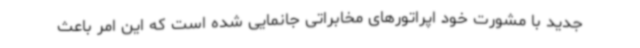
جدید با مشورت خود اپراتورهای مخابراتی جانمایی شده است که این امر باعث